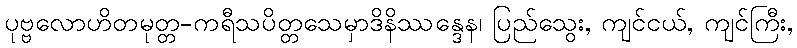
ပုဗ္ဗလောဟိတမုတ္တ-ကရီသပိတ္တသေမှာဒိနိဿန္ဒေန၊ ပြည်သွေး, ကျင်ငယ်, ကျင်ကြီး,